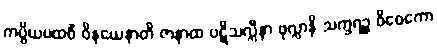
ကပ္ပိယပထဝိံ ဝိနယေနာတိ ဇာနာထ ပဋိသလ္လီနာ ဖုလ္လာနိ သက္ခရဉ္စ ဝိဝေကော